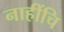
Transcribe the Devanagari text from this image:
नाहींचि